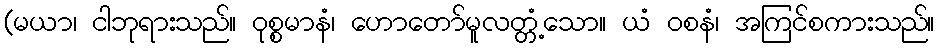
(မယာ၊ ငါဘုရားသည်။ ဝုစ္စမာနံ၊ ဟောတော်မူလတ္တံ့သော။ ယံ ဝစနံ၊ အကြင်စကားသည်။